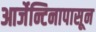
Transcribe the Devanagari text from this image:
आर्जेन्टिनापासून